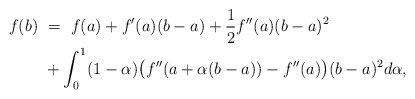
\begin{align*}f(b) \ &= \ f(a)+f'(a)(b-a)+\frac{1}{2}f''(a)(b-a)^2 \\&+ \int_0^1(1-\alpha)\big(f''(a+\alpha(b-a))-f''(a)\big)(b-a)^2d\alpha,\end{align*}